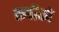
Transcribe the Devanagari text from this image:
रूपोंको